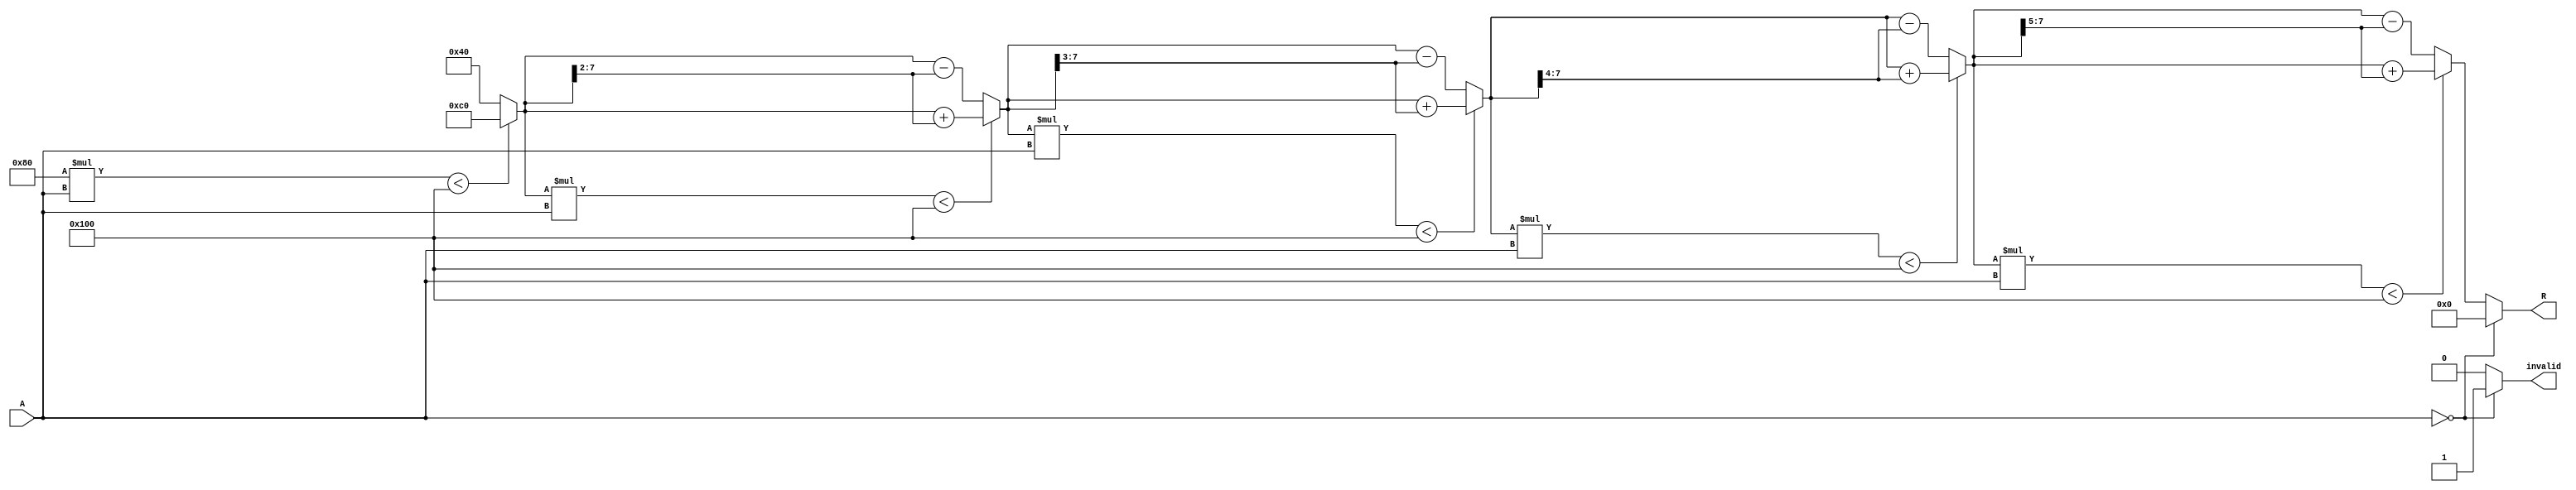
module BitwiseReciprocal #(
    parameter n = 8  // Bit-width of input and output
) (
    input wire [n-1:0] A,      // Input: an n-bit unsigned number
    output reg [n-1:0] R,      // Output: the approximate reciprocal
    output reg invalid          // Output: invalid flag for zero input
);

    localparam MAX_ITER = 5;    // Number of iterations for approximation
    
    integer i;
    reg [n-1:0] guess;           // Current guess for the reciprocal
    reg [n-1:0] temp_product;    // Temporary product for comparisons

    always @(*) begin
        if (A == 0) begin
            R = 0;                // You could define this as a specific value for "infinity" as needed.
            invalid = 1;          // Signal that the input was invalid
        end else begin
            invalid = 0;          // Valid input
            guess = {1'b0, 1'b1, {(n-1){1'b0}}}; // Initial guess: 0.5 (for n = 8, this is 0.25 in fixed-point)
            R = 0;

            // Iteratively refine guess
            for (i = 0; i < MAX_ITER; i = i + 1) begin
                // Compute guess * A
                temp_product = guess * A;

                // Check if product is less than or greater than a constant (1 << n)
                if (temp_product < (1 << n)) begin
                    guess = guess + (guess >> (i + 1)); // Refine guess: guess += guess / (2^(i+1))
                end else begin
                    guess = guess - (guess >> (i + 1)); // Refine guess
                end
            end

            R = guess; // Final approximation of reciprocal
        end
    end
endmodule